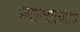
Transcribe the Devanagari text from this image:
मदालसाचरित्र